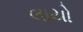
લાયો